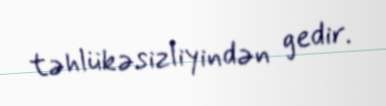
təhlükəsizliyindən gedir.